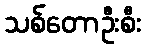
သစ်တောဦးစီး